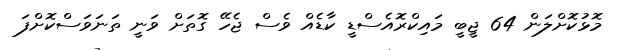
މޮޅުކޮށްލަން 64 ޖީބީ މައިކްރޮއެސްޑީ ކާޑެއް ވެސް ޖެހޭ ގޮތަށް ވަނީ ތަނަވަސްކޮށްފަ